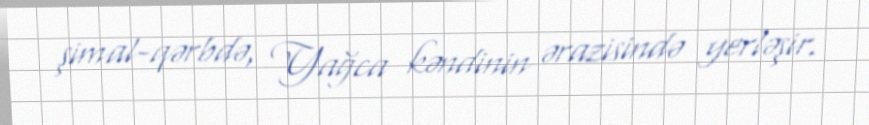
şimal-qərbdə, Yağca kəndinin ərazisində yerləşir.